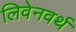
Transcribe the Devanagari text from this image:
लिवेनवर्थ